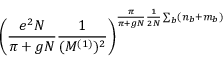
\left( \frac { e ^ { 2 } N } { \pi + g N } \frac { 1 } { ( M ^ { ( 1 ) } ) ^ { 2 } } \right) ^ { \frac { \pi } { \pi + g N } \frac { 1 } { 2 N } \sum _ { b } ( n _ { b } + m _ { b } ) }